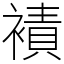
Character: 襀